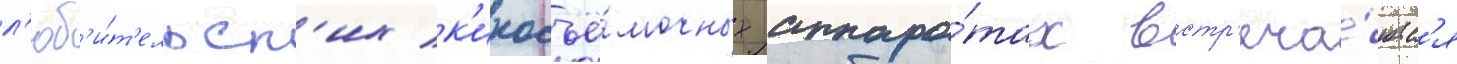
л'юб'и́т'ельск'их к'иносъё́мочных аппара́тах встр'еча́ютс'я